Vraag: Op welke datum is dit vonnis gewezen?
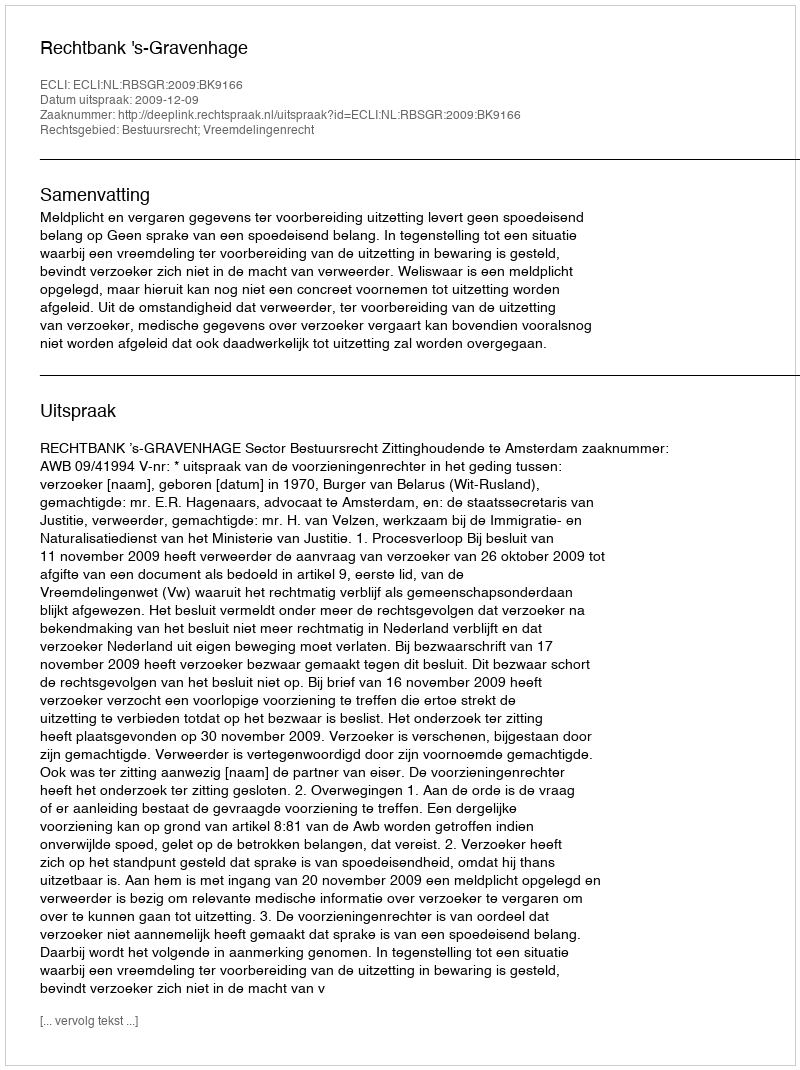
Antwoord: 2009-12-09